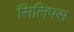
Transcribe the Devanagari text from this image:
सिलिपस